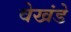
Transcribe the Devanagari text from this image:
वेखंडे